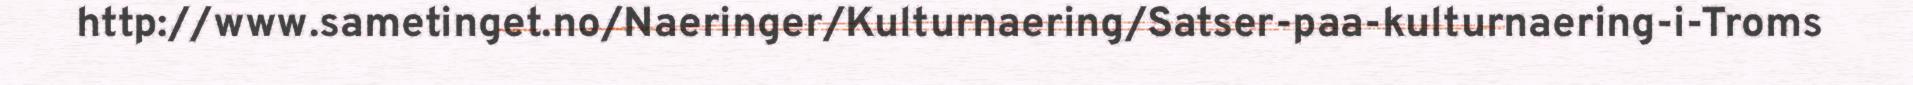
http://www.sametinget.no/Naeringer/Kulturnaering/Satser-paa-kulturnaering-i-Troms